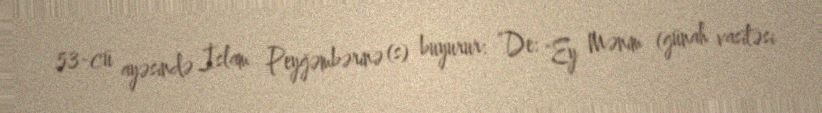
53-cü ayəsində İslam Peyğəmbərinə (s) buyurur: “De: "Ey Mənim (günah vasitəsi